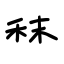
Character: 秣